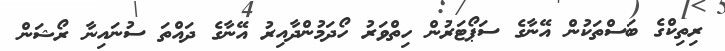
ރިތިކްގެ ބަސްތަކުން އޭނާގެ ސަޕޯޓަރުން ހިތްވަރު ހޯދަމުންދާއިރު އޭނާގެ ދައްތަ ސުނައިނާ ރޯޝަން